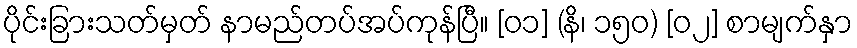
ပိုင်းခြားသတ်မှတ် နာမည်တပ်အပ်ကုန်ပြီ။ [၀၁] (နိ၊ ၁၅၀) [၀၂] စာမျက်နှာ